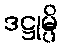
ဒဋ္ဌုမ္ပိ